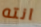
انته